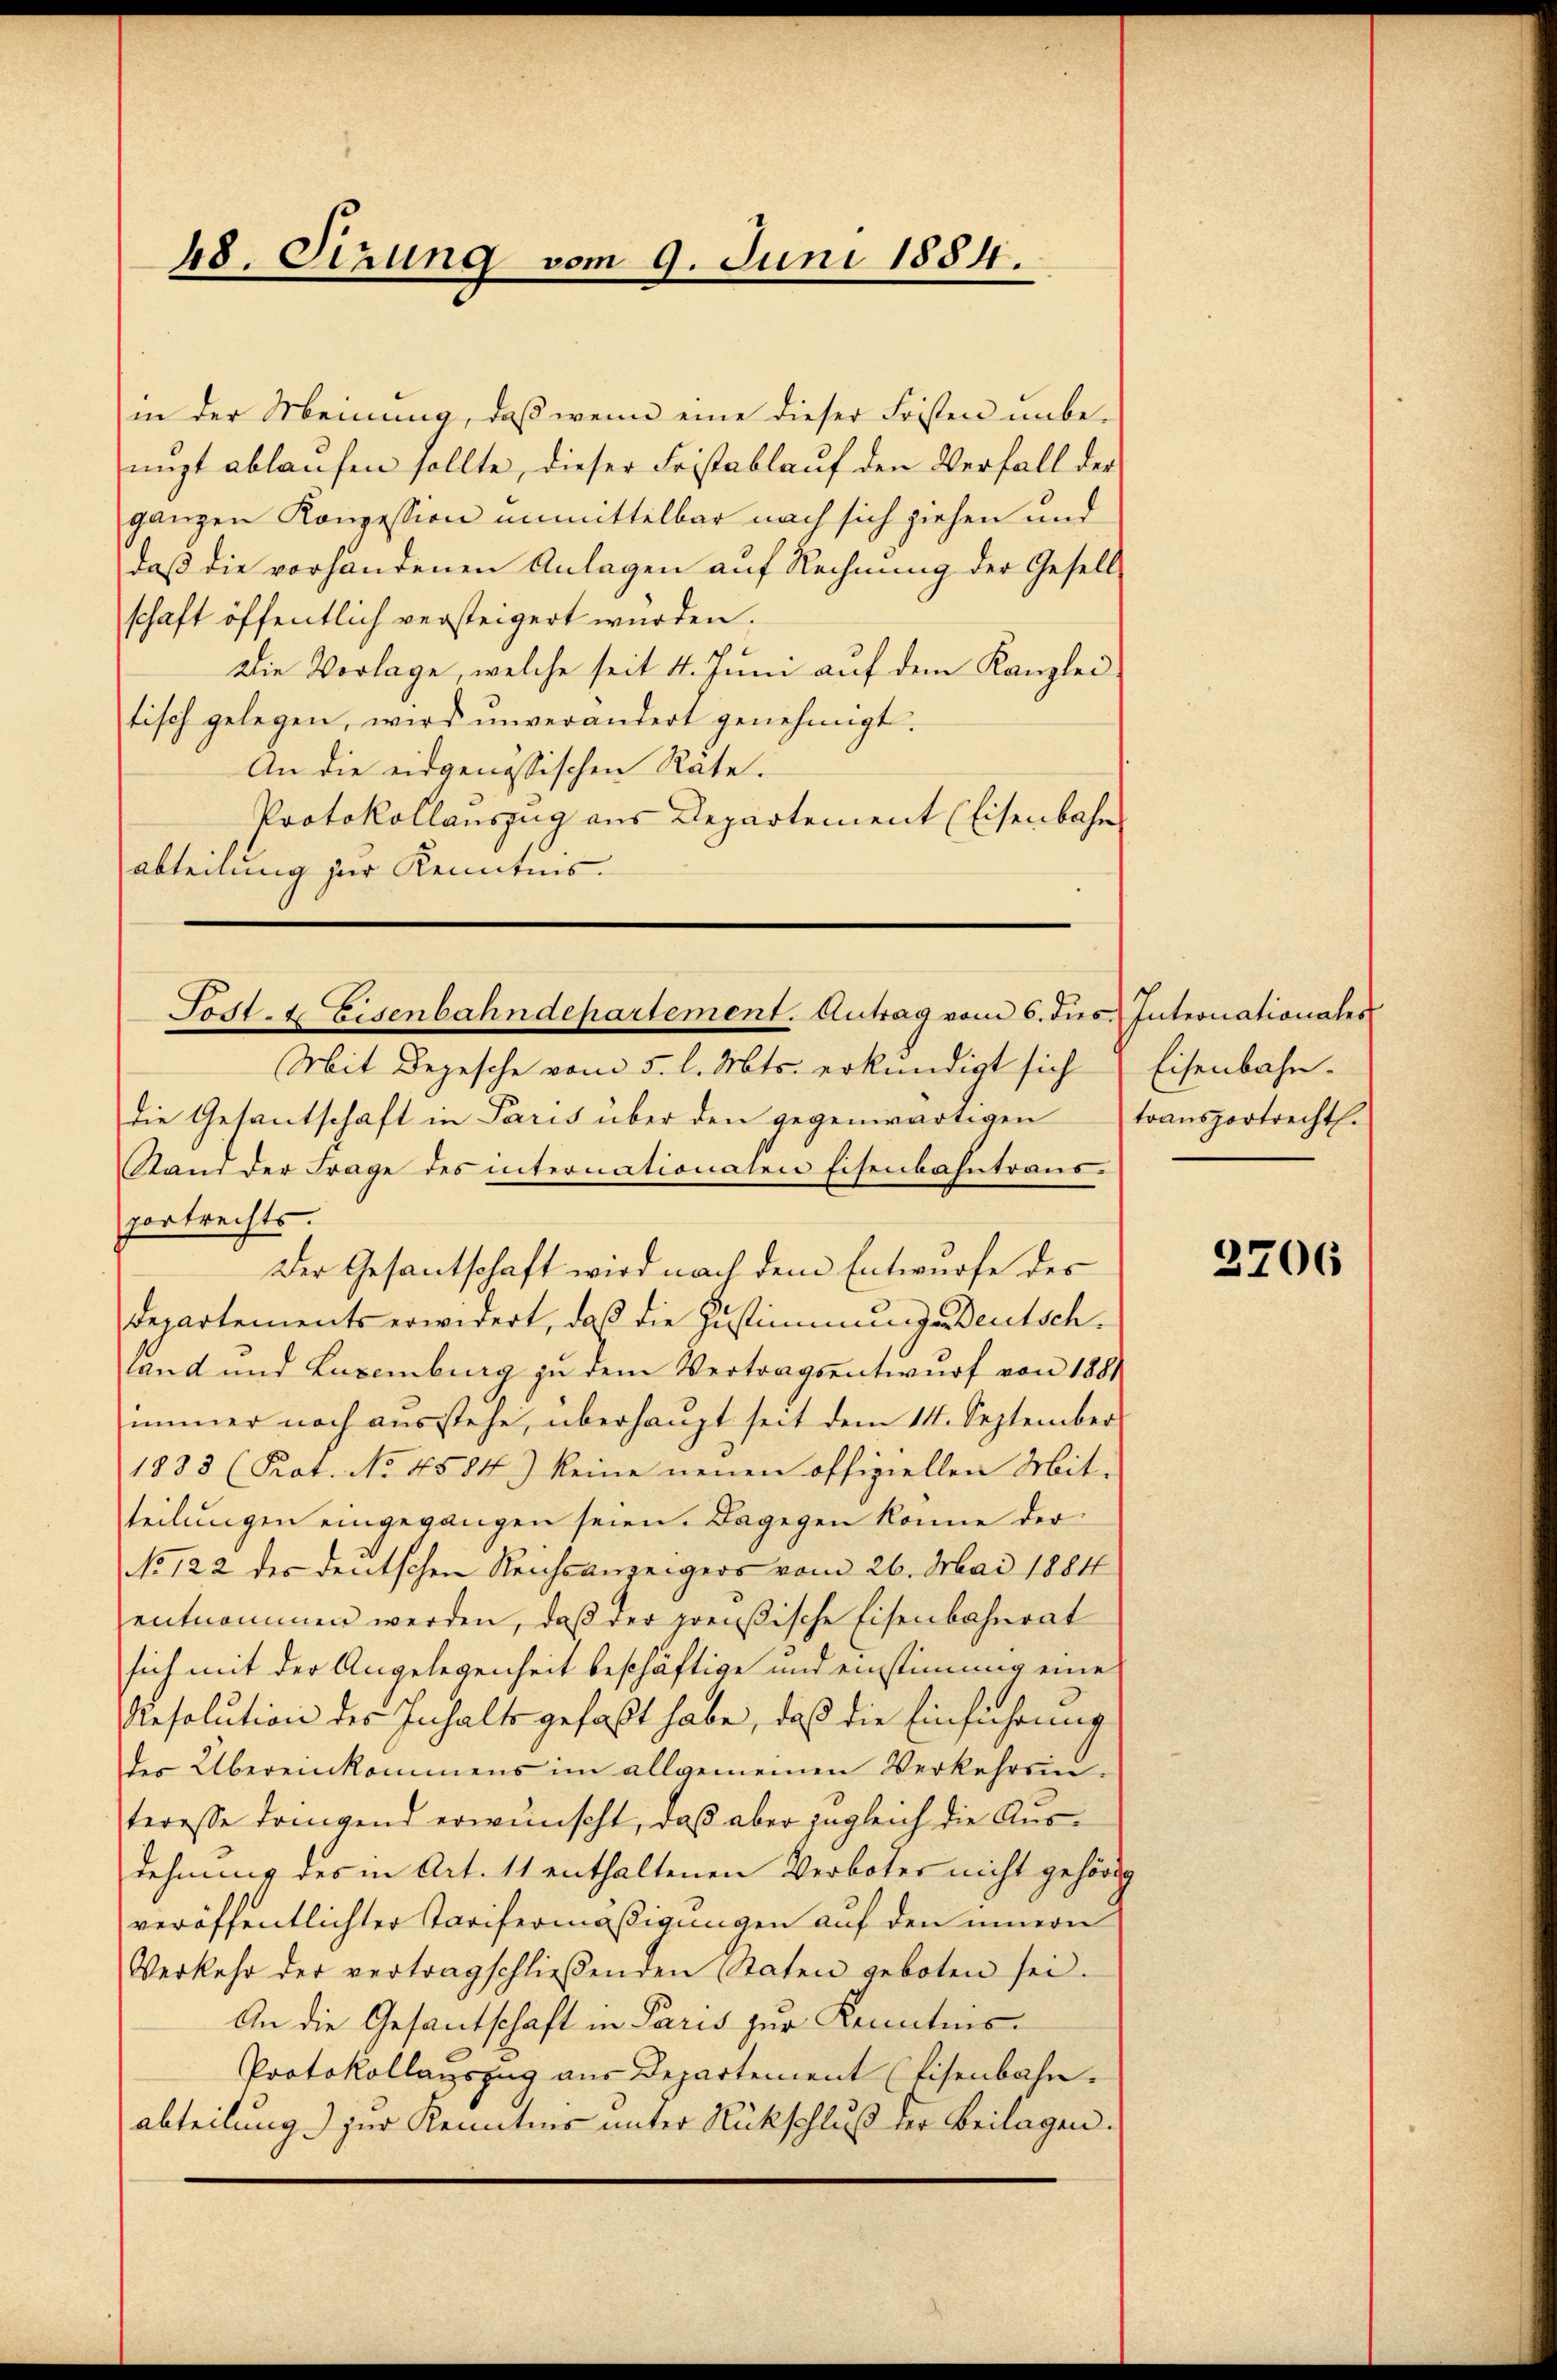
48. Sizung vom 9. Juni 1884.

in der Meinung, daß wenn eine dieser Fristen unbenuzt ablaufen sollte, dieser Fristablauf den Verfall der
ganzen Konzession unmittelbar nach sich ziehen und
daß die vorhandenen Anlagen auf Rechnung der Gesell-
schaft öffentlich versteigert wurden.
Die Vorlage, welche seit 4. Juni auf dem Kanzlei-
tisch gelegen, wird unverändert genehmigt.
An die eidgenössischen Rate.
Protokollauszug aus Departement (Eisenbahn
abteilung zur Kenntnis.
Mit Depesche vom 5. l. Mts. erkundigt sich
die Gesantschaft in Paris über den gegenwärtigen
Stand der Frage des internationalen Eisenbahntrausportrechts.
Der Gesantschaft wird nach dem Entwurfe des
departements erwidert, daß die Zustimmung Deutschland und Luxenburg zu dem Vertragsentwurf von 188
immer noch aŭsstehe, überhaŭpt seit dem 14. September
1883 (Rat. No 4584) keine neuen offiziellen Mit-
teilungen eingegangen seien. Dagegen könne der
No 122 des deutschen Reichsanzeigers vom 26. Mai 1884
entnommen werden, daß der preußische Eisenbahnrat
sich mit der Angelegenheit beschäftige und einstimmig eine
Resolution des Inhalte gefaßt habe, daß die Einführung
der Übereinkommens im allgemeinen Verkehrsin-
teresse dringend erwünscht, daß aber zugleich die Ausdehnung des in Art. 11 enthaltenen Verboter nicht gehörde
veröffentlichter Tarifermäßigungen auf den innern
Verkehr der vertragschlieβenden Staten geboten sei.
An die Gesantschaft in Paris zur Kenntnis¬
Protokollauszug aus Departement (Eisenbahn.
abteilung zur Kenntnis unter Rückschluß der Beilagen.

Sost- & Eisenbahndepartement. Antrag vom 6. dies Internationales

Eisenbahn.
transportrecht.

3706